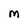
Character: M